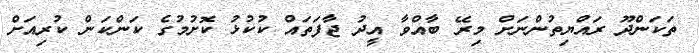
ތަކަންދޫ ރައްޔިތުންނަށް މިރޭ ބާއްވާ އީދު ޖާފަތައް ކުކުޅު ކޮށުމުގެ ކަންކަން ކުރިއަށް